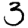
Digit: 3